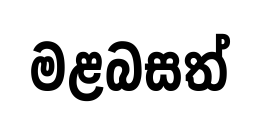
මළබසත්